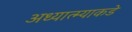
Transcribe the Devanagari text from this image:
अध्यात्म्याकडे